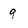
Character: 9